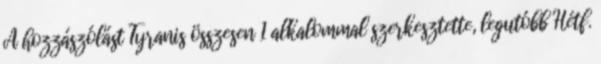
A hozzászólást Tyranis összesen 1 alkalommal szerkesztette, legutóbb Hétf.